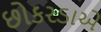
છોકરડાએ